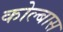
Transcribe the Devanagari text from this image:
कोल्बास